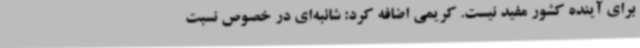
برای آینده کشور مفید نیست. کریمی اضافه کرد: شائبه‌ای در خصوص نسبت